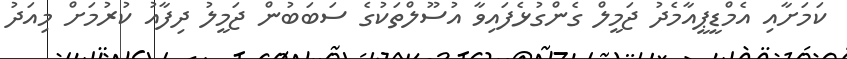
ކަމަށާއި އެމްޑީޕީއާމެދު ޖަމީލް ގެންގުޅެފައިވާ އުސޫލްތަކުގެ ސަބަބުން ޖަމީލު ދިފާއު ކުރުމަށް މިއަދު